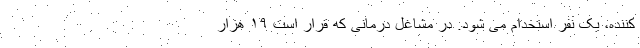
کننده، یک نفر استخدام می شود. در مشاغل درمانی که قرار است ۱۹ هزار